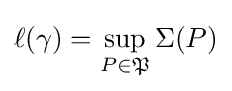
\ell (\gamma )=\sup _{P\in {\mathfrak {P}}}\Sigma (P)